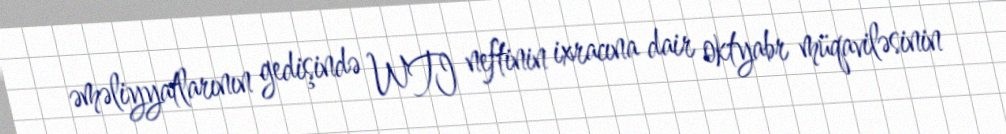
əməliyyatlarının gedişində WTI neftinin ixracına dair oktyabr müqaviləsinin